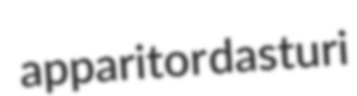
apparitor dasturi